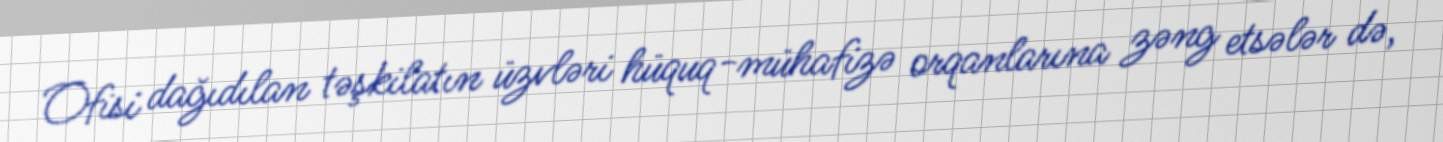
Ofisi dağıdılan təşkilatın üzvləri hüquq-mühafizə orqanlarına zəng etsələr də,